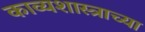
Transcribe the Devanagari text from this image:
काव्यशास्त्राच्या